Annual statistical returns and brief notes on vaccination in Bengal - 1909-1929
Year: 1909
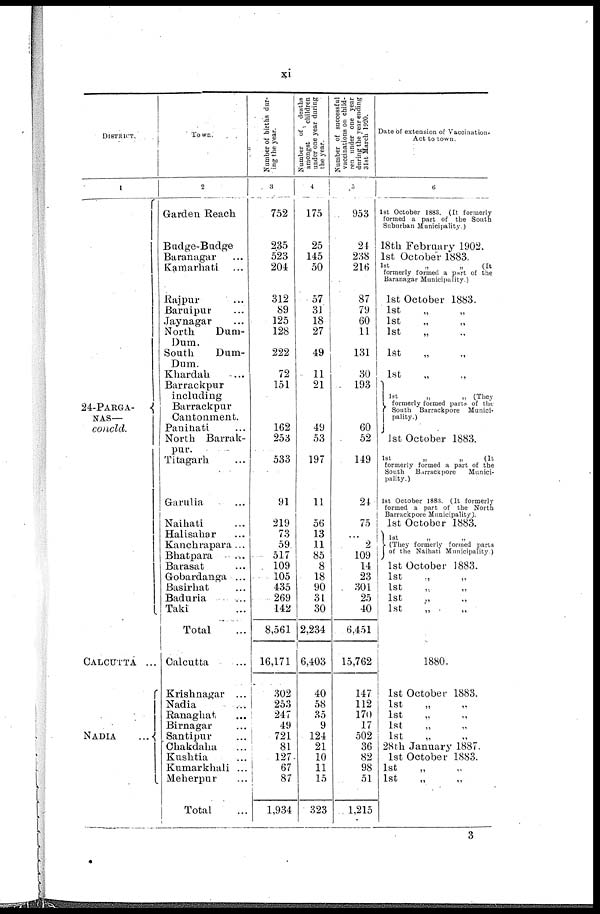
xi
DISTRICT.
1
24-PARGA-
NAS—
concld.
CALCUTTA ...
NADIA ...
Town.
2
Garden Reach
Badge-Budge
Baranagar ...
Kamarhati ...
Rajpur
...
Baruipur ...
Jaynagar ...
North
Dum-
Dum.
South
Dum-
Dum.
Khardah ...
Barrackpur
including
Barrackpur
Cantonment
Panihati ...
North Barrak-
pur.
Titagarh ...
Garul ...
Naihati ...
Halisahar ...
Kanchrapara...
Bhatpara ...
Barasat ...
Gobardanga ....
Basirhat ...
Baduria ...
Taki ...
Total ...
Calcutta
...
Krishnagar ...
Nadia ...
Ranaghat ...
Birnagar ...
Santipur ...
Chakdaha ...
Kushtia ...
Kumarkhali ...
Meherpur ...
Total ...
Number of births dur-
ing the year.
3
752
235
523
204
312
89
125
128
222
72
151
162
253
533
91
219
73
59
517
109
105
435
269
142
8,561
16,171
302
253
247
49
721
81
127
67
87
1,934
Number of deaths
amongst
children
under one year during
the year.
4
175
25
145
50
57
31
18
27
49
11
21
49
53
197
11
56
13
11
85
8
18
90
31
30
2,234
6,403
40
58
35
9
124
21
10
11
15
323
Number of successful
vaccinations on child-
ren under one year
during the year ending
31st March 1920.
5
953
24
238
216
87
79
60
11
131
30
193
60
52
149
24
75
...
2
109
14
23
301
25
40
6,451
15,762
147
112
170
17
502
36
82
98
51
1,215
Date of extension of Vaccination.
Act to town.
6
1st October 1883. (It formerly
formed a part of the South
Suburban Municipality.)
18th February 1902.
1st October 1883.
1st
„
„
(It
formerly formed a part of the
Baranagar Municipality.)
1st October 1883.
1st
„ „
1st
„
„
1st „ „
1st „ „
1st „ „
1st
„
„ (They
formerly formed parts of the
South Barrackpore Munici-
pality.)
1st October 1883.
1st
„
„
(It
formerly formed a part of the
South Barrackpore
Munici-
pality.)
1st October 1883. (It formerly
formed a part of the North
Barrackpore Municipality).
1st October 1883.
1st
„
„
(They formerly formed parts
of the Naihati Municipality.)
1st October 1883.
1st
„ „
1st „ „
1st
„
„
1st
„ „
1880.
1st October 1883.
1st
„
„
1st „ „
1st „ „
1st „ „
28th January 1887.
1st October 1883.
1st
„ „
1st
„ „
3